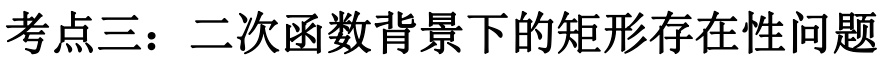
考点三：二次函数背景下的矩形存在性问题